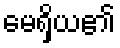
မေရှိယ၏